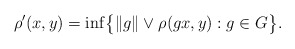
\begin{gather*} \rho'(x,y) = \inf \bigl\{ \|g\| \vee \rho(gx,y) : g \in G \bigr\}. \end{gather*}